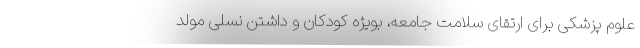
علوم پزشکی برای ارتقای سلامت جامعه، بویژه کودکان و داشتن نسلی مولد